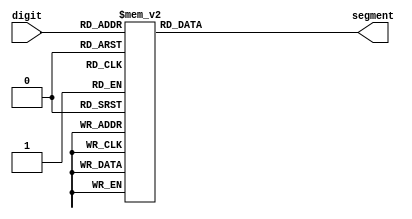
module display_driver (digit,segment);

input [3:0] digit;
output reg [6:0] segment;

always @ ( * )
begin
	case (digit)
		4'd0 : begin
			segment = 7'b1000000;
			end
		4'd1 : begin
			segment = 7'b1111001;
			end
		4'd2 : begin
			segment = 7'b0100100;
			end
		4'd3 : begin
			segment = 7'b0110000;
			end
		4'd4 : begin
			segment = 7'b0011001;
			end
		4'd5 : begin
			segment = 7'b0010010;
			end
		4'd6 : begin
			segment = 7'b0000010;
			end
		4'd7 : begin
			segment = 7'b1111000;
			end
		4'd8 : begin
			segment = 7'b0000000;
			end
		4'd9 : begin
			segment = 7'b0011000;
			end
		default: segment = 7'b00001110;
	endcase	
		
end

endmodule